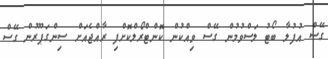
ގޭސް އުފުލާ ބޯޓު ލަސްވުމުން ގޭސް ވިއްކުން ކޮންޓްރޯލްކޮށްފި ރާއްޖެއަށް ސިންގަޕޫރުން ގޭސް